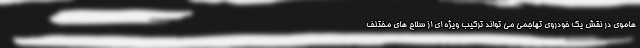
هاموی در نقش یک خودروی تهاجمی می تواند ترکیب ویژه ای از سلاح های مختلف